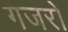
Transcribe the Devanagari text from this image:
गजरो